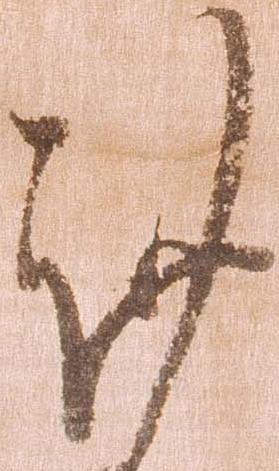
謹